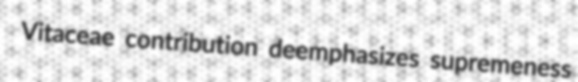
Vitaceae contribution deemphasizes supremeness